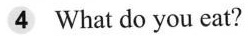
4 What do you eat?